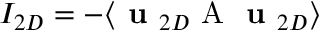
I _ { 2 D } = - \langle \textbf { u } _ { 2 D } \mathrm { ~ A ~ } \textbf { u } _ { 2 D } \rangle